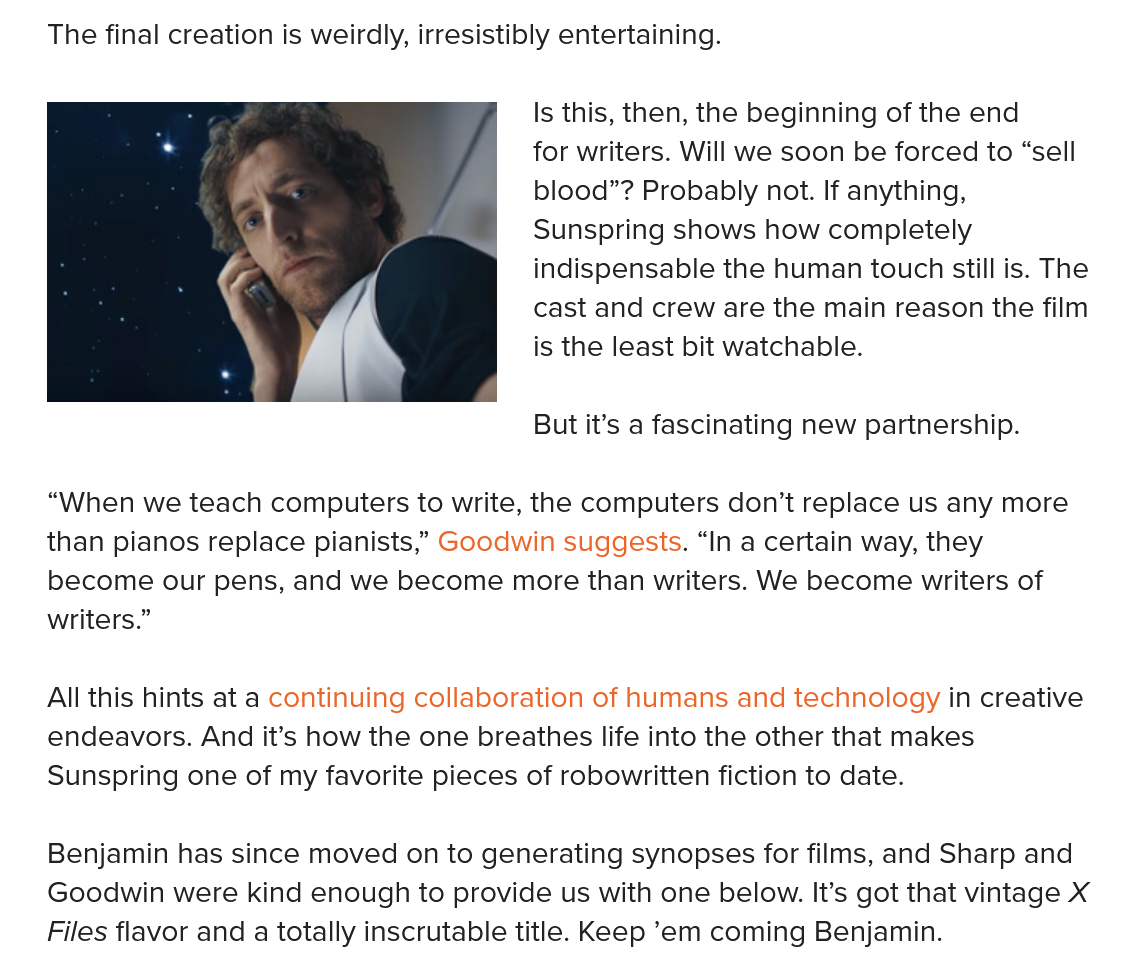
The final creation is weirdly, irresistibly entertaining.
     Is this, then, the beginning of the end
     for writers. Will we soon be forced to “sell
     blood”? Probably not. If anything,
     Sunspring shows how completely
     indispensable the human touch still is. The
     cast and crew are the main reason the film
     is the least bit watchable.
     But it’s a fascinating new partnership.
    “When we teach computers to write, the computers don’t replace us any more
    than pianos replace pianists,” Goodwin suggests. “In a certain way, they
    become our pens, and we become more than writers. We become writers of
    writers.”
    All this hints at a continuing collaboration of humans and technology in creative
    endeavors. And it’s how the one breathes life into the other that makes
    Sunspring one of my favorite pieces of robowritten fiction to date.
    Benjamin has since moved on to generating synopses for films, and Sharp and
    Goodwin were kind enough to provide us with one below. It’s got that vintage X
    Files flavor and a totally inscrutable title. Keep ’em coming Benjamin.